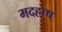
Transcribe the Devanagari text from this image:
मदहोष